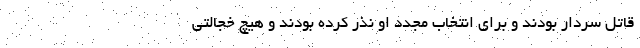
قاتل سردار بودند و برای انتخاب مجدد او نذر کرده بودند و هیچ خجالتی